Annual report on the Civil Veterinary Department, Burma (including the Insein Veterinary School) - 1932-1941
Year: 1932
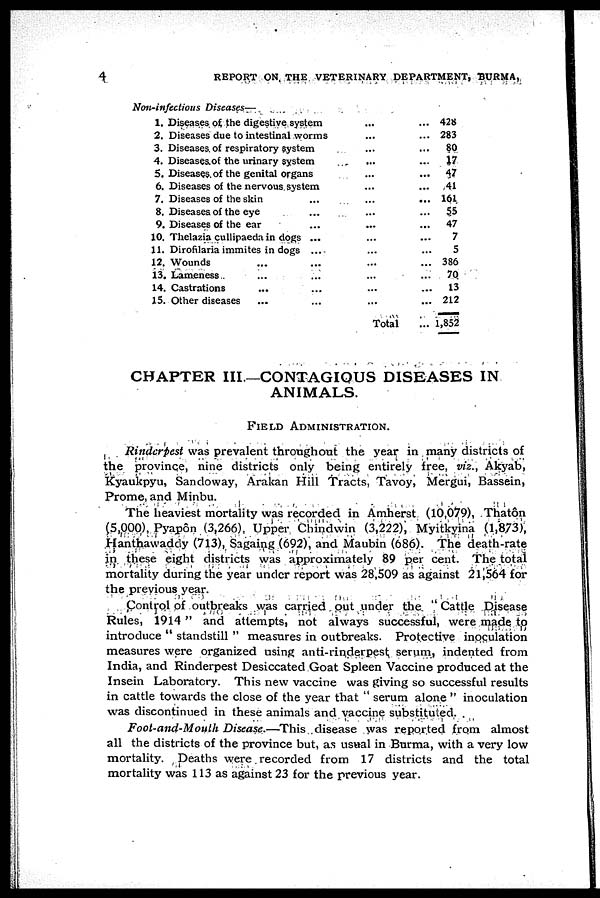
4
REPORT ON THE VETERINARY DEPARTMENT, BURMA,
Non-infectious Diseases—
1.
2.
3.
4.
5.
6.
7.
8.
9.
10.
11.
12.
13.
14.
15.
Diseases of, the digestive system
Diseases due to intestinal worms
Diseases of respiratory system
Diseases of the urinary system
Diseases of the genital organs
Diseases of the nervous system
Diseases of the skin ...
Diseases of the eye ...
Diseases of the ear ...
Thelazia cullipaeda in dogs ...
Dirofilaria immites in dogs ...
Wounds
...
...
Lameness ... ...
Castrations
... ...
Other diseases
... ...
...
...
...
...
...
...
...
...
...
...
...
...
...
...
...
Total
...
...
...
...
...
...
...
...
...
...
...
...
...
...
...
...
428
283
80
17
47
41
161
55
47
7
5
386
70
13
212
1,852
CHAPTER III—CONTAGIOUS DISEASES IN
ANIMALS.
FIELD ADMINISTRATION.
Rinderpest was prevalent throughout the year in many districts of
the province, nine districts only being entirely free, viz., Akyab,
Kyaukpyu, Sandoway, Arakan Hill Tracts, Tavoy, Mergui, Bassein,
Prome, and Minbu.
The heaviest mortality was recorded in Amherst (10,079), Thatôn
(5,000), Pyapôn (3,266), Upper Chindwin (3,222), Myitkyina (1,873),
Hanthawaddy (713), Sagaing (692), and Maubin (686). The death-rate
in these eight districts was approximately 89 per cent. The total
mortality during the year under report was 28,509 as against 21,564 for
the previous year.
Control of outbreaks was carried out under the " Cattle Disease
Rules, 1914 " and attempts, not always successful, were made to
introduce " standstill " measures in outbreaks. Protective inoculation
measures were organized using anti-rinderpest serum, indented from
India, and Rinderpest Desiccated Goat Spleen Vaccine produced at the
Insein Laboratory. This new vaccine was giving so successful results
in cattle towards the close of the year that " serum alone " inoculation
was discontinued in these animals and vaccine substituted.
Foot-and-Mouth Disease.—This disease was reported from almost
all the districts of the province but, as usual in Burma, with a very low
mortality. Deaths were recorded from 17 districts and the total
mortality was 113 as against 23 for the previous year.